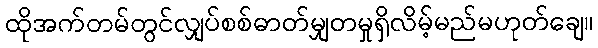
ထိုအက်တမ်တွင်လျှပ်စစ်ဓာတ်မျှတမှုရှိလိမ့်မည်မဟုတ်ချေ။